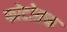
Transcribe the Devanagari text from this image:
फोटोग्रफ